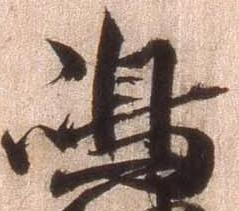
島